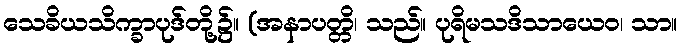
သေခိယသိက္ခာပုဒ်တို့၌။ (အနာပတ္တိ၊ သည်။ ပုရိမသဒိသာယေဝ၊ သာ။